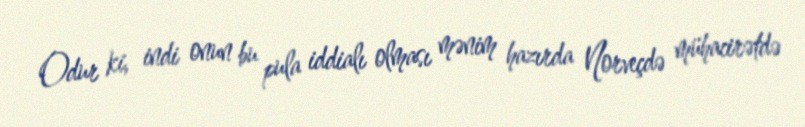
Odur ki, indi onun bu pula iddialı olması mənim hazırda Norveçdə mühacirətdə